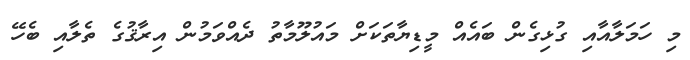
މި ހަމަލާއާއި ގުޅިގެން ބައެއް މީޑިޔާތަކަށް މައުލޫމާތު ދެއްވަމުން އިރާޤުގެ ތެލާއި ބެހޭ